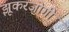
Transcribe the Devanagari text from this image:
झूकरजोगी